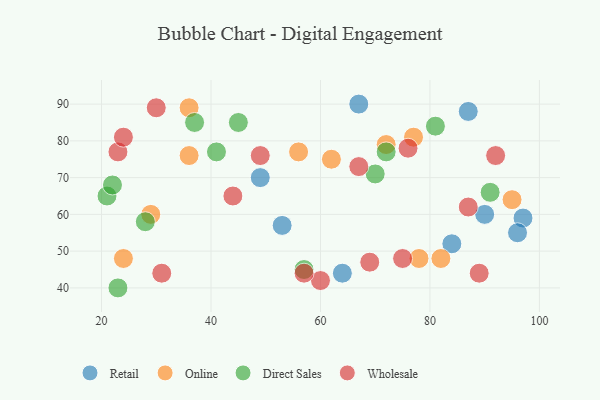
{"axis": {"x": "GDP", "y": "Life Expectancy"}, "legend": ["Direct Sales", "Online", "Retail", "Wholesale"], "data": [{"x": "87", "y": 88, "type": "Retail"}, {"x": "97", "y": 59, "type": "Retail"}, {"x": "49", "y": 70, "type": "Retail"}, {"x": "64", "y": 44, "type": "Retail"}, {"x": "96", "y": 55, "type": "Retail"}, {"x": "67", "y": 90, "type": "Retail"}, {"x": "84", "y": 52, "type": "Retail"}, {"x": "53", "y": 57, "type": "Retail"}, {"x": "90", "y": 60, "type": "Retail"}, {"x": "29", "y": 60, "type": "Online"}, {"x": "78", "y": 48, "type": "Online"}, {"x": "24", "y": 48, "type": "Online"}, {"x": "36", "y": 76, "type": "Online"}, {"x": "82", "y": 48, "type": "Online"}, {"x": "77", "y": 81, "type": "Online"}, {"x": "36", "y": 89, "type": "Online"}, {"x": "62", "y": 75, "type": "Online"}, {"x": "56", "y": 77, "type": "Online"}, {"x": "95", "y": 64, "type": "Online"}, {"x": "72", "y": 79, "type": "Online"}, {"x": "57", "y": 45, "type": "Direct Sales"}, {"x": "21", "y": 65, "type": "Direct Sales"}, {"x": "28", "y": 58, "type": "Direct Sales"}, {"x": "81", "y": 84, "type": "Direct Sales"}, {"x": "70", "y": 71, "type": "Direct Sales"}, {"x": "41", "y": 77, "type": "Direct Sales"}, {"x": "91", "y": 66, "type": "Direct Sales"}, {"x": "22", "y": 68, "type": "Direct Sales"}, {"x": "72", "y": 77, "type": "Direct Sales"}, {"x": "37", "y": 85, "type": "Direct Sales"}, {"x": "23", "y": 40, "type": "Direct Sales"}, {"x": "45", "y": 85, "type": "Direct Sales"}, {"x": "75", "y": 48, "type": "Wholesale"}, {"x": "89", "y": 44, "type": "Wholesale"}, {"x": "60", "y": 42, "type": "Wholesale"}, {"x": "23", "y": 77, "type": "Wholesale"}, {"x": "76", "y": 78, "type": "Wholesale"}, {"x": "69", "y": 47, "type": "Wholesale"}, {"x": "44", "y": 65, "type": "Wholesale"}, {"x": "57", "y": 44, "type": "Wholesale"}, {"x": "49", "y": 76, "type": "Wholesale"}, {"x": "87", "y": 62, "type": "Wholesale"}, {"x": "92", "y": 76, "type": "Wholesale"}, {"x": "30", "y": 89, "type": "Wholesale"}, {"x": "31", "y": 44, "type": "Wholesale"}, {"x": "67", "y": 73, "type": "Wholesale"}, {"x": "24", "y": 81, "type": "Wholesale"}]}